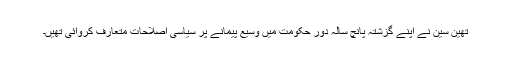
تھین سین نے اپنے گزشتہ پانچ سالہ دور حکومت میں وسیع پیمانے پر سیاسی اصلاحات متعارف کروائی تھیں۔